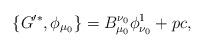
LaTeX: \begin{align*}\{G'^*,\phi_{\mu_0} \} = B^{\nu_0}_{\mu_0}\phi^1_{\nu_0} + pc, \end{align*}